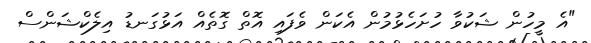
"އެ މީހުން ޝަކުވާ ހުށަހެޅުމުން އެކަން ވެފައި އޮތް ގޮތެއް އަޅުގަނޑު އިލެކްޝަންސް